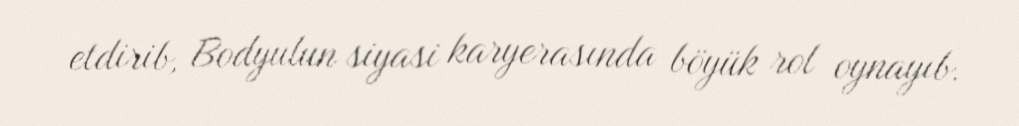
etdirib, Bodyulun siyasi karyerasında böyük rol oynayıb.